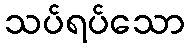
သပ်ရပ်သော